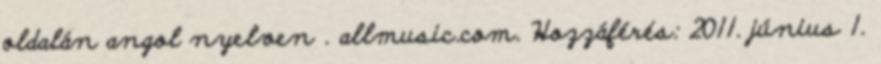
oldalán angol nyelven . allmusic.com. Hozzáférés: 2011. június 1.